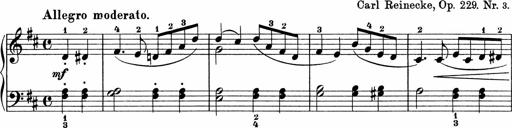
Title: 5 Sonatinen fÃ¼r die Jugend
Composer: Carl Reinecke